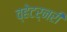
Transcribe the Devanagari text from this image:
व्हेटर्नरी